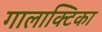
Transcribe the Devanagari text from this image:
गालाक्टिका